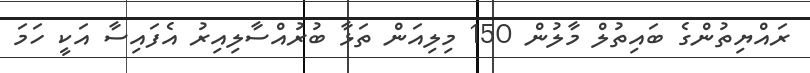
ރައްޔިތުންގެ ބައިތުލް މާލުން 150 މިލިއަން ތަޅާ ބުރުއްސާލިއިރު އެފައިސާ އަކީ ހަމަ